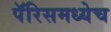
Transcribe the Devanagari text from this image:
पॅरिसमध्येच